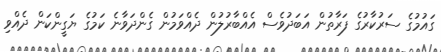
ގައުމުގެ ސަރުކާރުގެ ފަރާތުން އަބަދުވެސް އެއްބާރުލުން ދެއްވަމުން ގެންދަވާނެ ކަމުގެ ޔަގީންކަން ދެއްވި